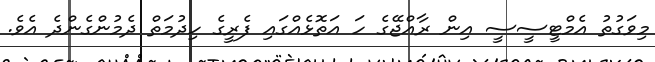
މިވަގުތު އެމްޓީސީސީ އިން ރާއްޖޭގެ ހަ އަތޮޅެއްގައި ފެރީގެ ހިދުމަތް ދެމުންގެންދެ އެވެ.